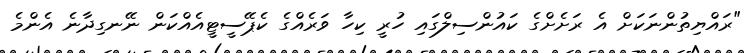
"ރައްޔިތުންނަކަށް އެ ރަށެށްގެ ކައުންސިލްގައި ހުރީ ކިހާ ވަރެއްގެ ކެޕޭސީޓީއެއްކަން ނޭނގިދާނެ އެންމެ